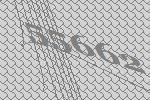
55662